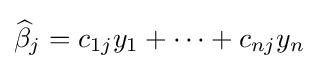
{\widehat {\beta }}_{j}=c_{1j}y_{1}+\cdots +c_{nj}y_{n}